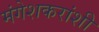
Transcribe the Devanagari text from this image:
मंगेशकरांशी